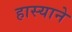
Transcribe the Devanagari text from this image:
हास्याने